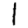
Digit: 1